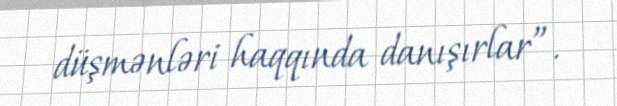
düşmənləri haqqında danışırlar”.